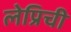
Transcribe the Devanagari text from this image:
लेप्रिची